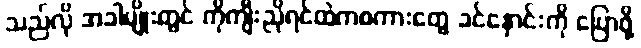
သည်လို အခါမျိုးတွင် ကိုကျီးညိုရင်ထဲကစကားတွေ ခင်နှောင်းကို ပြောဖို့